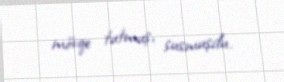
mövqe tutmuş, susmuşdu.